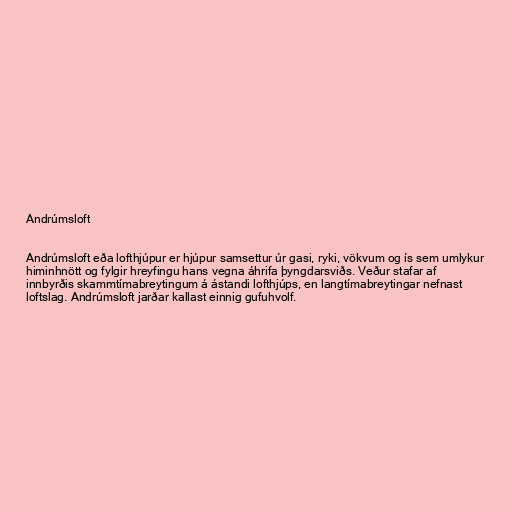
Andrúmsloft

Andrúmsloft eða lofthjúpur er hjúpur samsettur úr gasi, ryki, vökvum og ís sem umlykur
himinhnött og fylgir hreyfingu hans vegna áhrifa þyngdarsviðs. Veður stafar af
innbyrðis skammtímabreytingum á ástandi lofthjúps, en langtímabreytingar nefnast
loftslag. Andrúmsloft jarðar kallast einnig gufuhvolf.